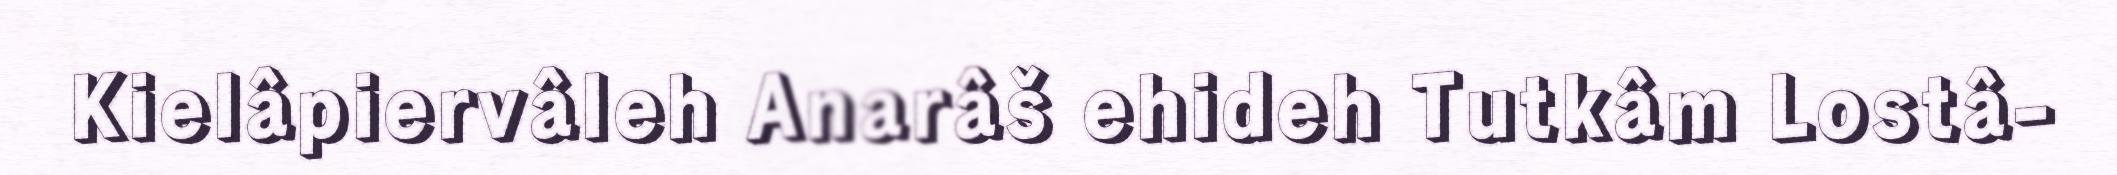
Kielâpiervâleh Anarâš ehideh Tutkâm Lostâ-